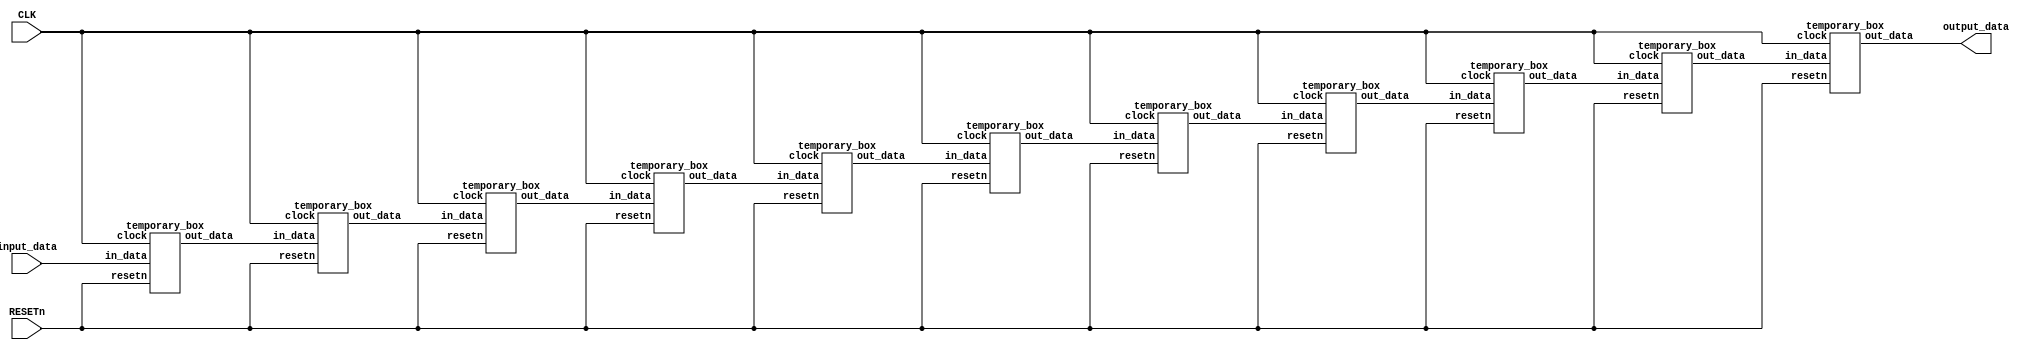
module sum_out_buffer(CLK, RESETn, input_data, output_data);
	input CLK, RESETn;
	
	input [31:0] input_data;
	
	output [31:0] output_data;
	
	///Mul  A B    MAC  Y     
	
	parameter cycle = 11;
	
	wire [31:0] temp_data[cycle:0];
	
	assign temp_data[0] = input_data;
	
	genvar i;
	generate
		for(i=0 ; i<cycle ; i=i+1) begin: loop_buf
			temporary_box TB1 (.clock(CLK), .resetn(RESETn), .in_data(temp_data[i]), .out_data(temp_data[i+1]));
		end
	endgenerate
	
	assign output_data = temp_data[cycle];

endmodule

////////////////////////////////////////////////////

module temporary_box(clock, resetn, in_data, out_data); //1 clock   
	input clock, resetn;
	
	input [31:0] in_data;
		
	output reg [31:0] out_data;
	
	always@(posedge clock, negedge resetn) begin
		if(!resetn) begin
			out_data <=0;
		end
		else begin	
			out_data <= in_data;
		end
	end

endmodule